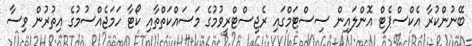
ބޭނުންކުރާ އެކްސްޕެޓް އޮންލައިން ސިސްޓަމްގައި ރެޖިސްޓްރީވުމުގެ މަސައްކަތްތާއި ކޯޓާ ހަމަޖެއްސުމުގެ އިތުރުން ވިސާ